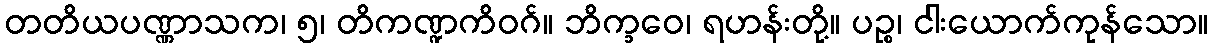
တတိယပဏ္ဏာသက၊ ၅၊ တိကဏ္ဍကိဝဂ်။ ဘိက္ခဝေ၊ ရဟန်းတို့။ ပဉ္စ၊ ငါးယောက်ကုန်သော။